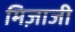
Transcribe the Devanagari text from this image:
मिज़ाजी